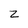
Character: z